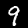
Label: 9